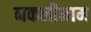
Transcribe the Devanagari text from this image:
नकलीनाम